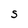
Character: S